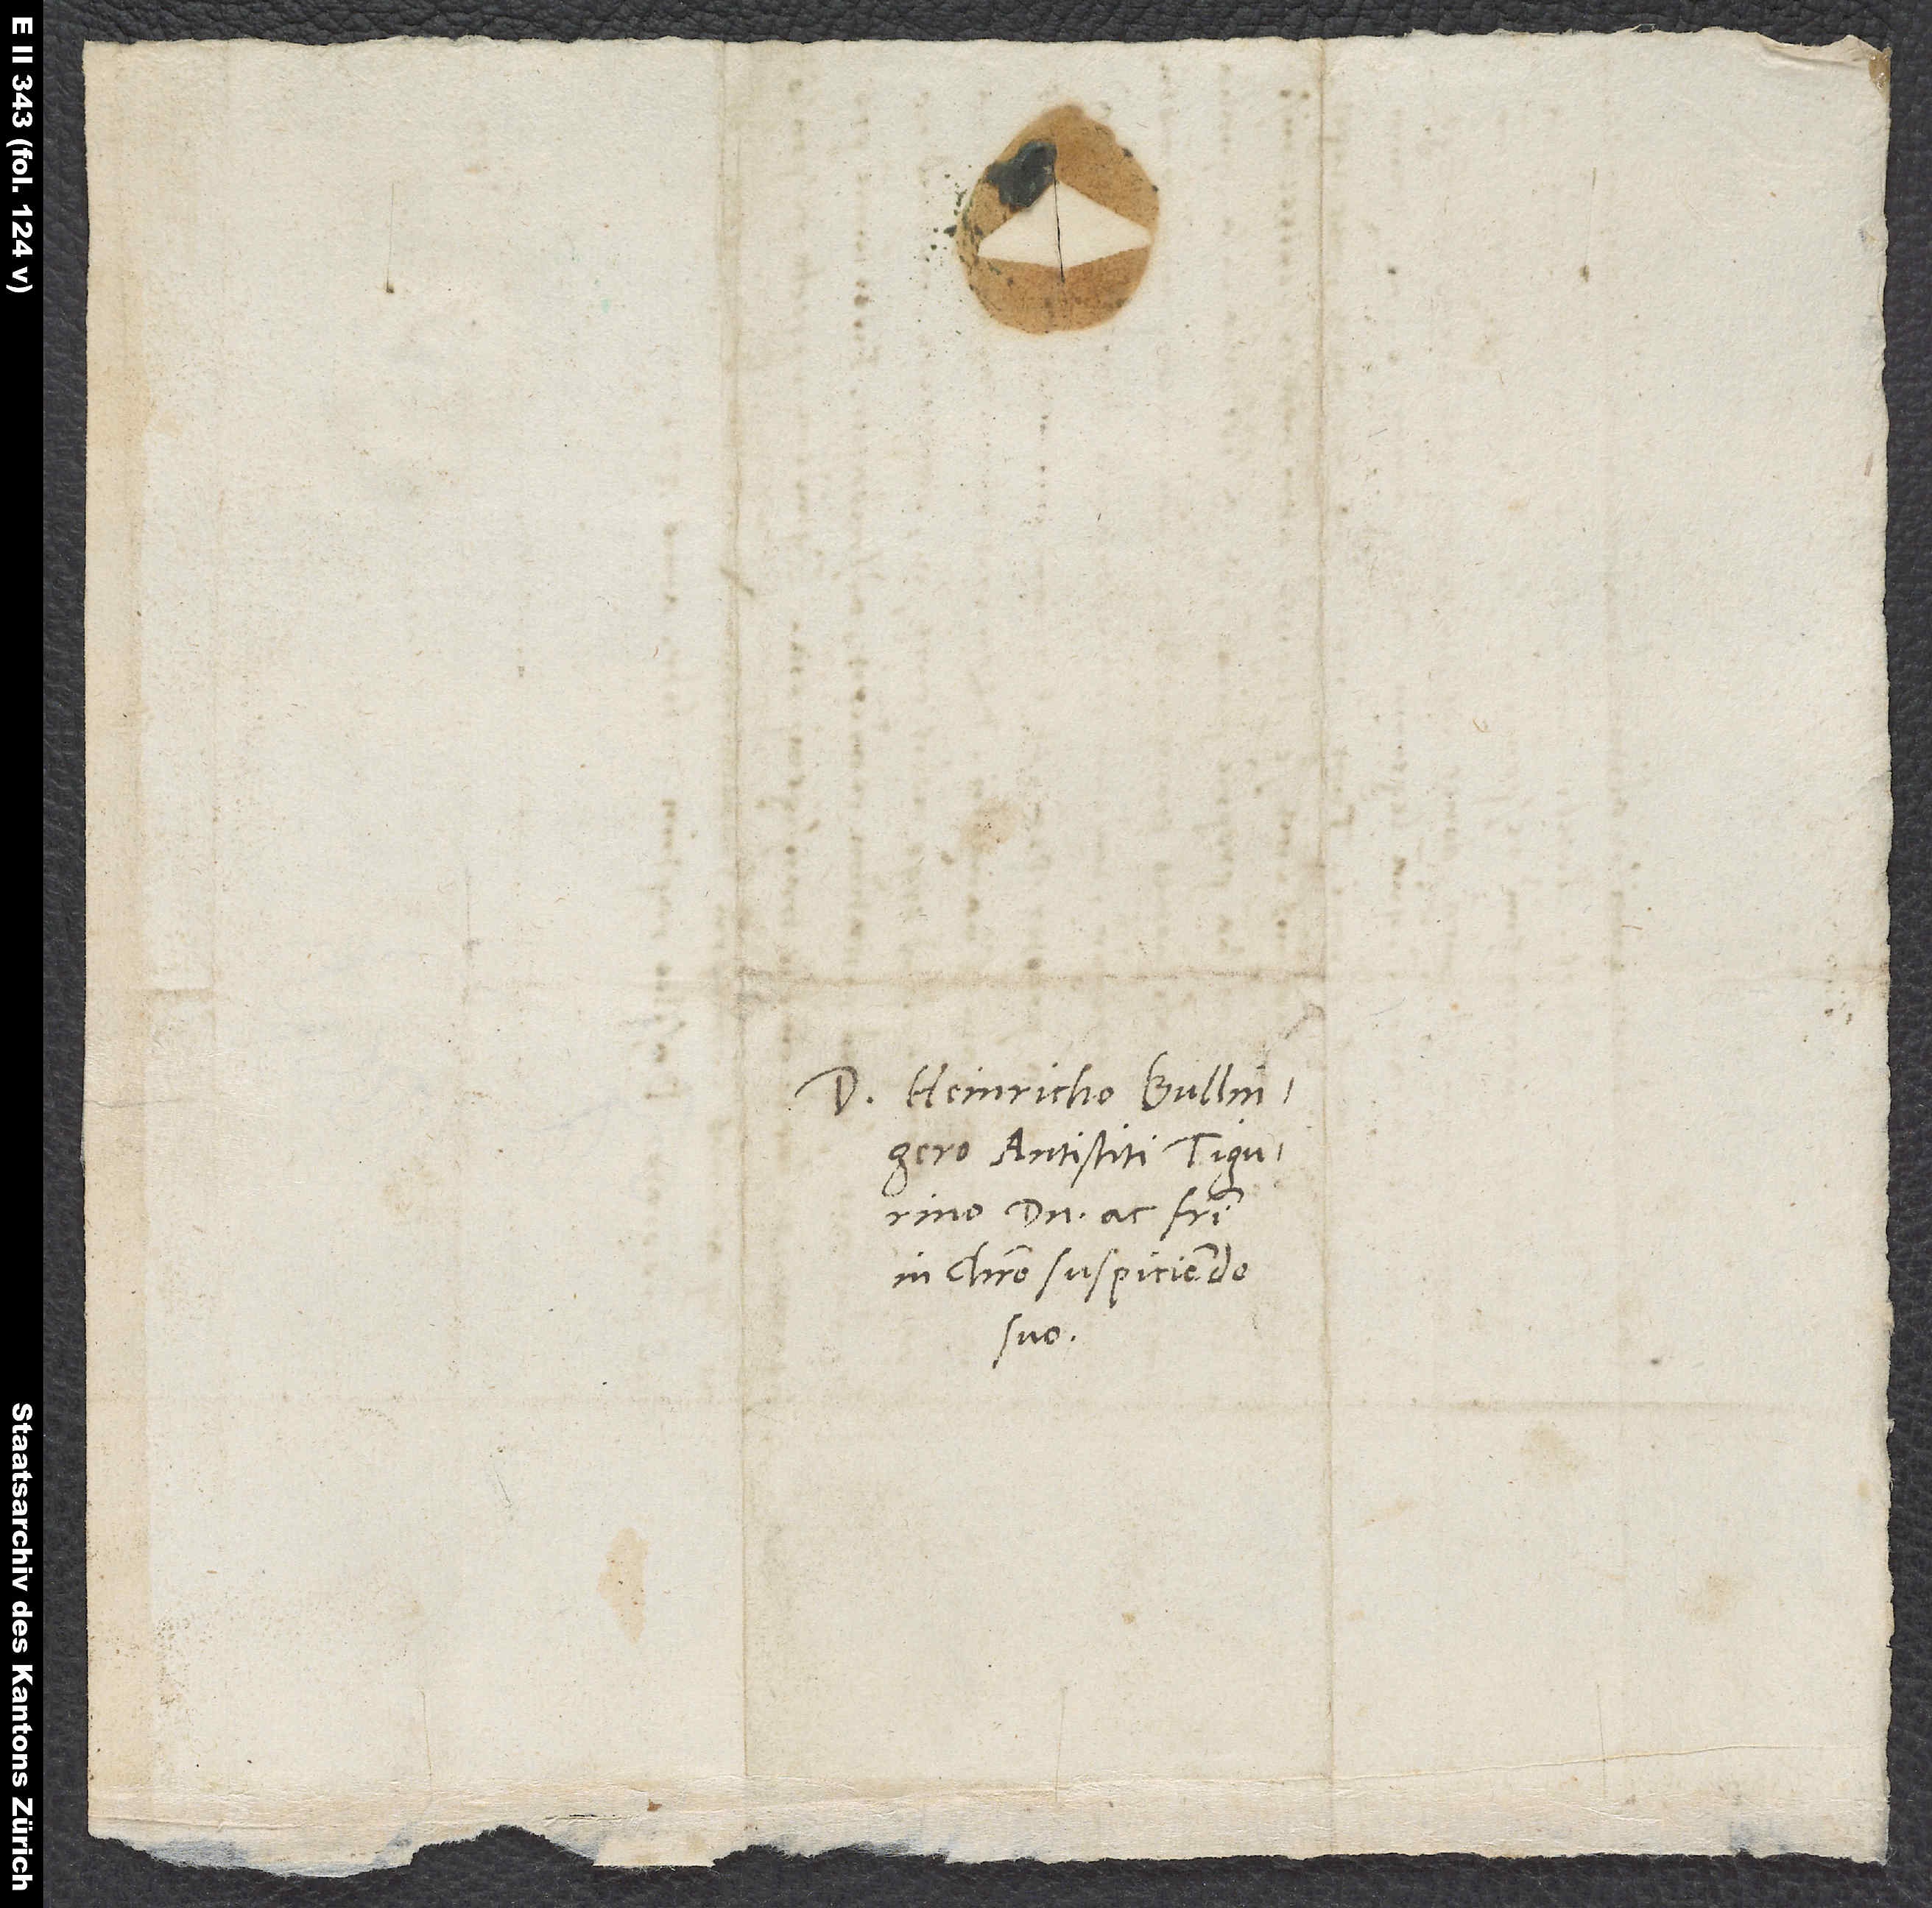
Domino Heinricho Bullingero,
antistiti Tigurino,
domino ac fratri
in Christo suspiciendo
suo.